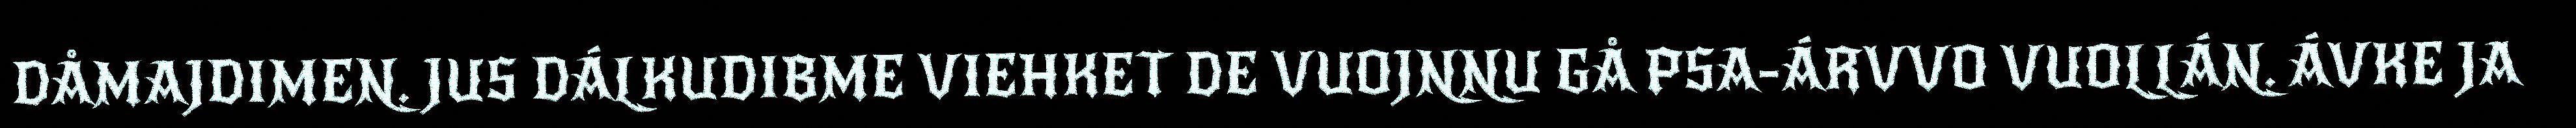
DÅMAJDIMEN. JUS DÁLKUDIBME VIEHKET DE VUOJNNU GÅ PSA-ÁRVVO VUOLLÁN. ÁVKE JA